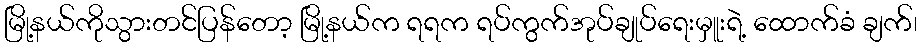
မြို့နယ်ကိုသွားတင်ပြန်တော့ မြို့နယ်က ရရက ရပ်ကွက်အုပ်ချုပ်ရေးမှူးရဲ့ ထောက်ခံ ချက်၊